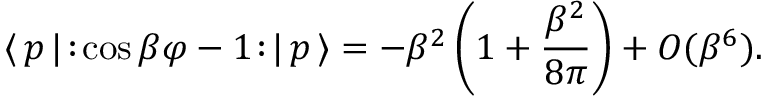
\langle \, p \, | \! : \! \cos \beta \varphi - 1 \! : \! | \, p \, \rangle = - \beta ^ { 2 } \left( 1 + \frac { \beta ^ { 2 } } { 8 \pi } \right) + O ( \beta ^ { 6 } ) .